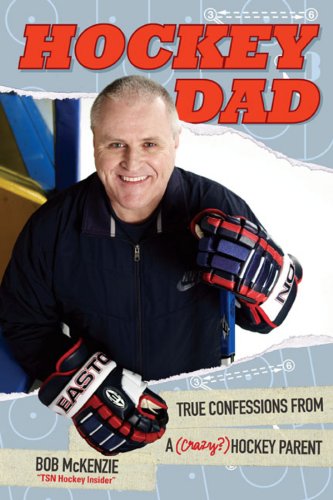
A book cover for Hockey Dad: True Confessions Of A (Crazy) Hockey Parent; Bob McKenzie; Biographies & Memoirs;